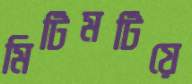
মিটিমটিয়ে